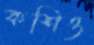
কশিও